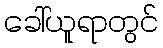
ခေါ်ယူရာတွင်